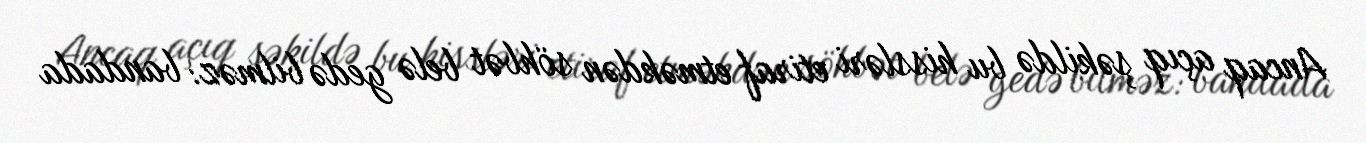
Ancaq açıq şəkildə bu hissləri etiraf etməkdən söhbət belə gedə bilməz: bandada